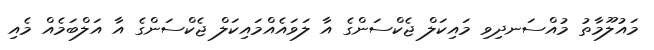
މައުލޫމާތު މުއްސަނދިވި މައިކަލް ޖެކްސަންގެ އާ ލަވައެއްމައިކަލް ޖެކްސަންގެ އާ އަލްބަމެއް މެއި